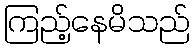
ကြည့်နေမိသည်